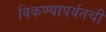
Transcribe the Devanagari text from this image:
विकण्यापर्यंतची